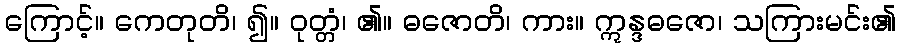
ကြောင့်။ ကေတုတိ၊ ၍။ ဝုတ္တံ၊ ၏။ ဓဇောတိ၊ ကား။ ဣန္ဒဓဇော၊ သကြားမင်း၏